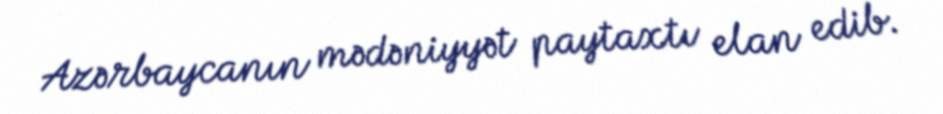
Azərbaycanın mədəniyyət paytaxtı elan edib.